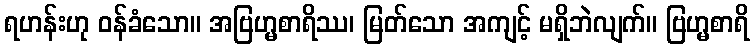
ရဟန်းဟု ဝန်ခံသော။ အဗြဟ္မစာရိဿ၊ မြတ်သော အကျင့် မရှိဘဲလျက်။ ဗြဟ္မစာရိ